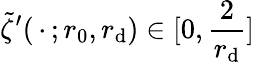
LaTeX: \tilde{\zeta}^{\prime}(\mathrel{\, \cdot\, };r_{0},r_{\mathrm{d}})\in[0,\frac{2}{r_{\mathrm{d}}}]